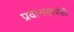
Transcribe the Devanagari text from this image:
प्रवासखर्चही